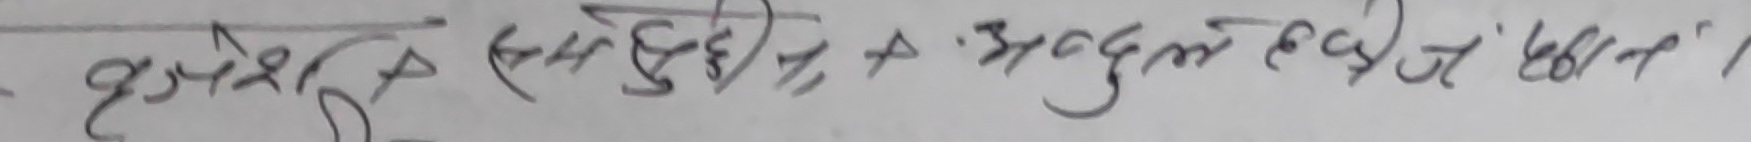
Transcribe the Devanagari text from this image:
हुरुष स-सुदुई + अब्दुल हल्दई खैन्न ।